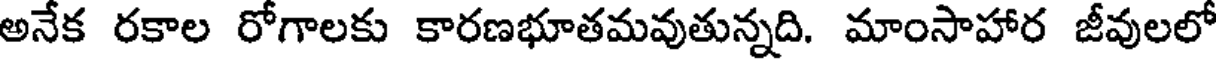
అనేక రకాల రోగాలకు కారణభూతమవుతున్నది. మాంసాహార జీవులలో